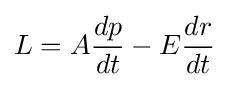
L=A{\frac {dp}{dt}}-E{\frac {dr}{dt}}